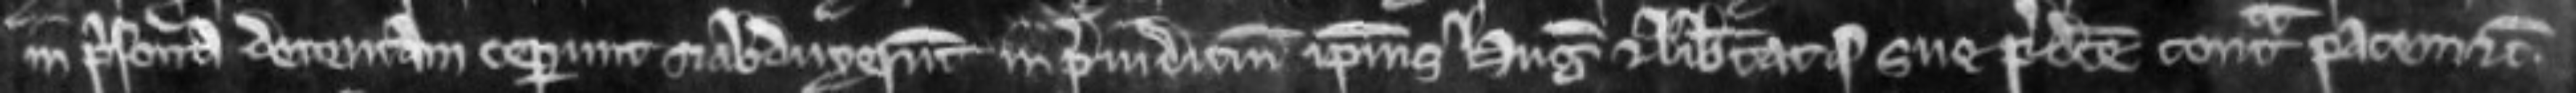
in prisona detentam ceperunt et abduxerunt in prejudicium ipsius Hugonis et libertatis sue predicte contra pacem etc.